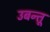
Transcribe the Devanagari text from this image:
उबन्तू